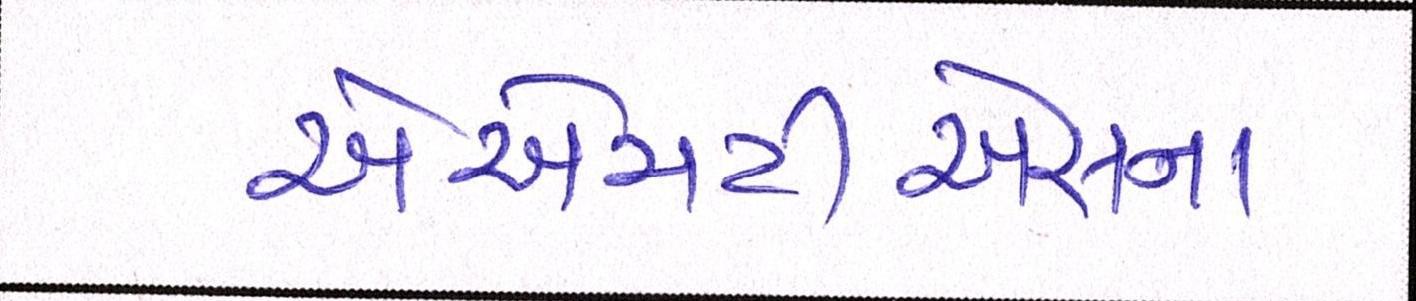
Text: એએમટીએસના